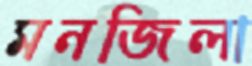
মনজিলা